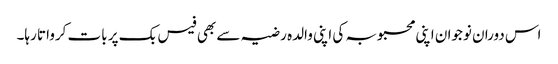
اس دوران نوجوان اپنی محبوبہ کی اپنی والدہ رضیہ سے بھی فیس بک پر بات کرواتا رہا۔